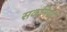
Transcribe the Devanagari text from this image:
सकनिया